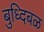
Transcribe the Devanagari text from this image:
बुध्दिबळ